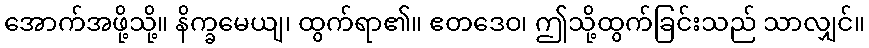
အောက်အဖို့သို့။ နိက္ခမေယျ၊ ထွက်ရာ၏။ ဧတဒေဝ၊ ဤသို့ထွက်ခြင်းသည် သာလျှင်။